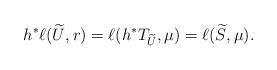
LaTeX: \begin{align*}h^*\ell(\widetilde{U}, r) = \ell( h^*T_{\widetilde{U}}, \mu) = \ell(\widetilde{S}, \mu).\end{align*}